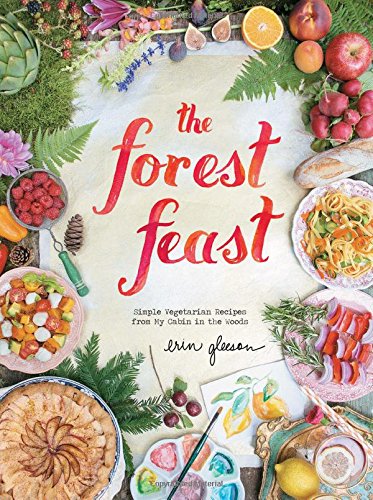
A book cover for The Forest Feast: Simple Vegetarian Recipes from My Cabin in the Woods; Erin Gleeson; Cookbooks, Food & Wine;